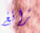
زانغ